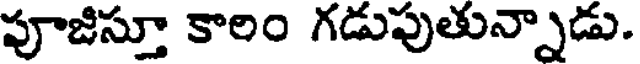
పూజిస్తూ కాలం గడుపుతున్నాడు.